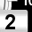
Digit: 2